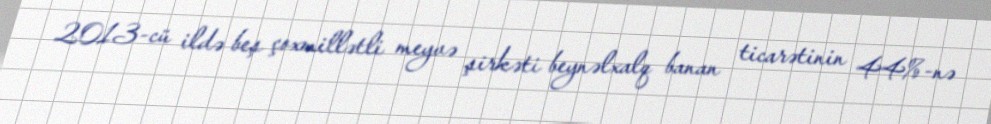
2013-cü ildə beş çoxmillətli meyvə şirkəti beynəlxalq banan ticarətinin 44%-nə